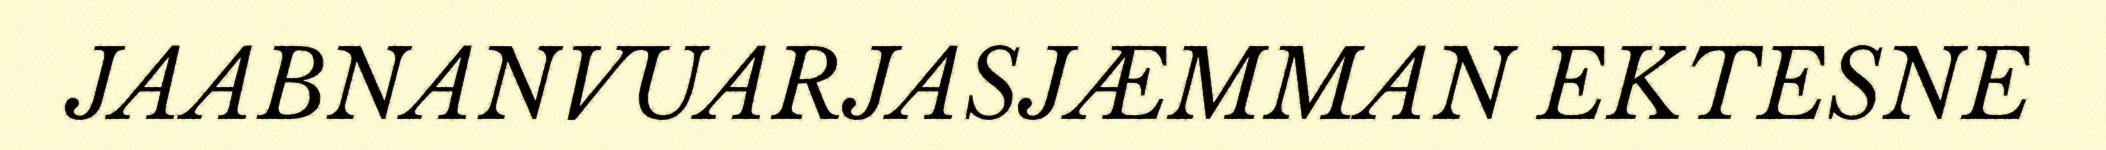
JAABNANVUARJASJÆMMAN EKTESNE